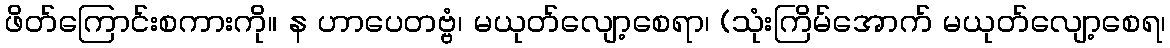
ဖိတ်ကြောင်းစကားကို။ န ဟာပေတဗ္ဗံ၊ မယုတ်လျော့စေရာ၊ (သုံးကြိမ်အောက် မယုတ်လျော့စေရ၊